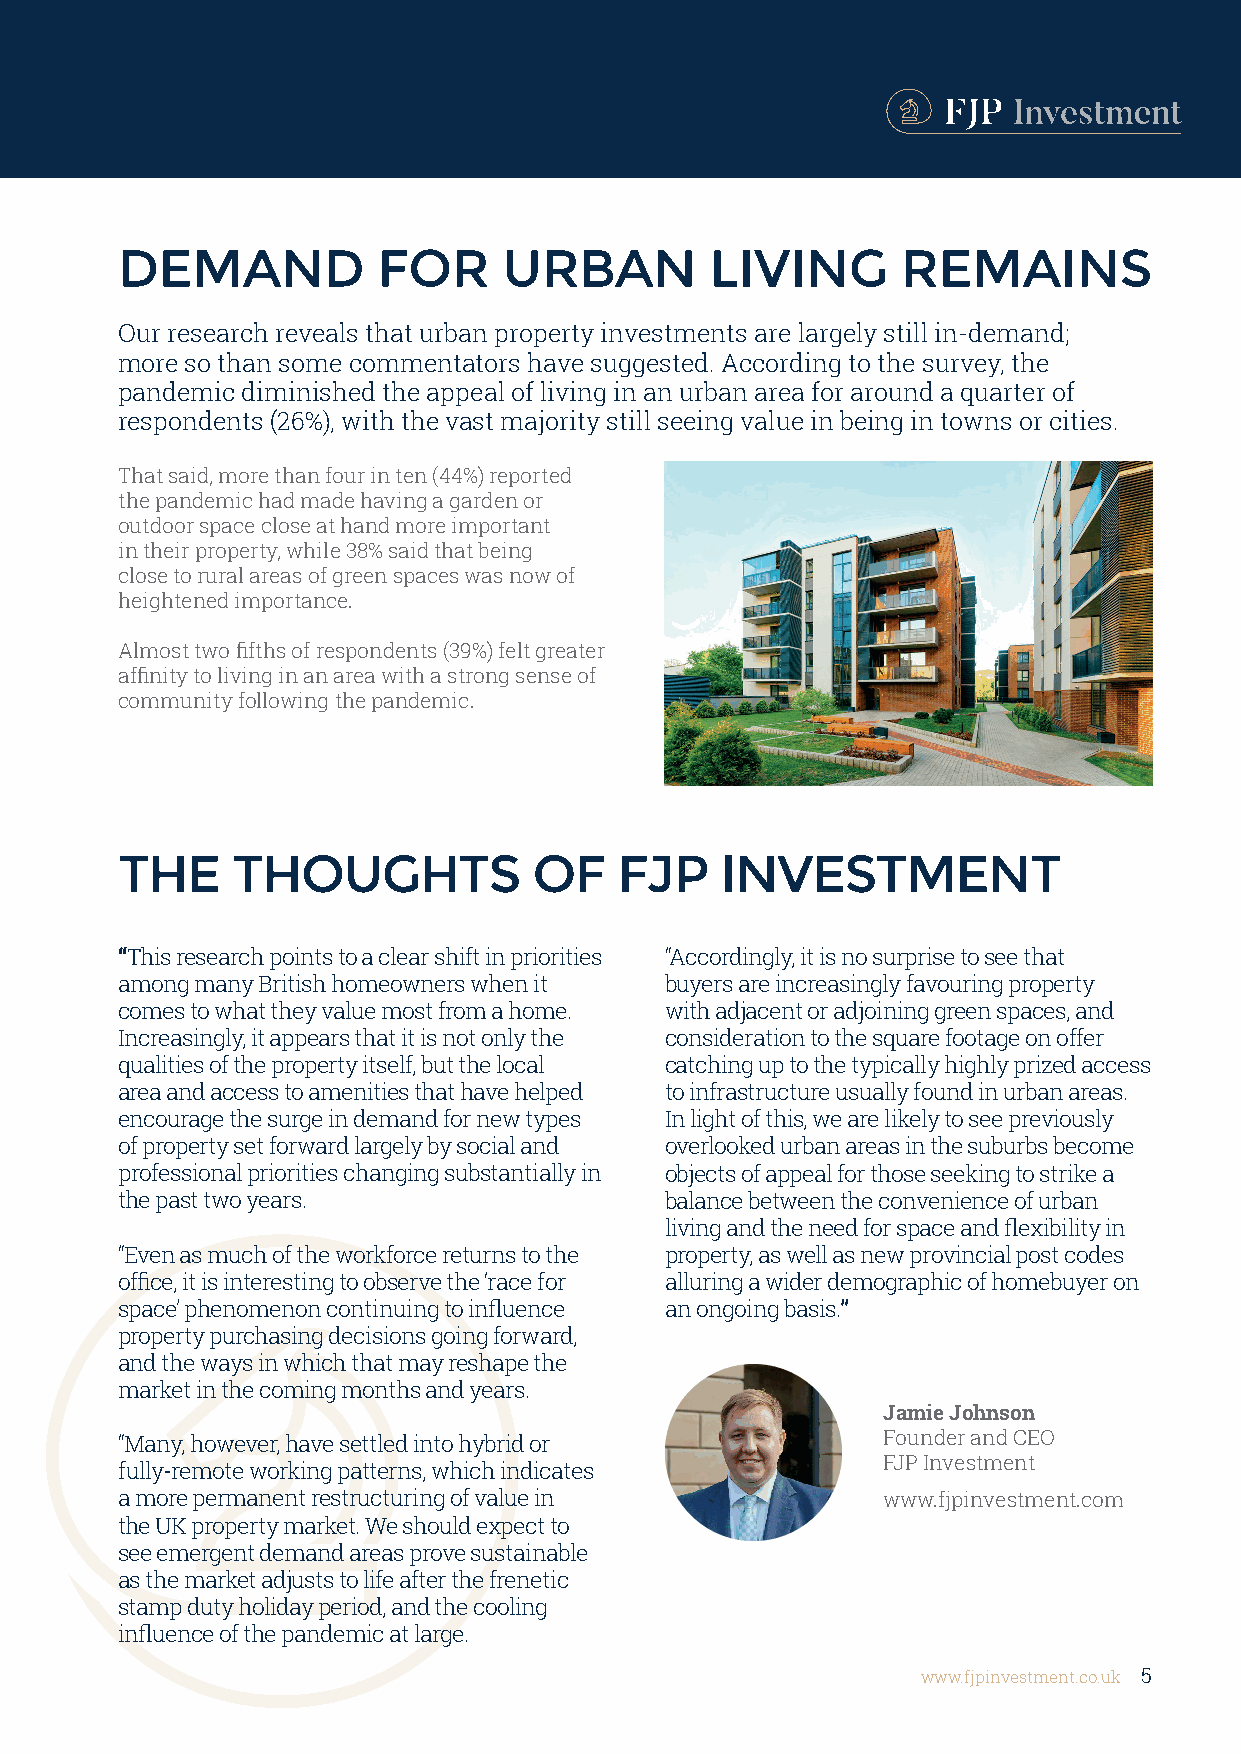
DEMAND           FOR     URBAN         LIVING       REMAINS
 Our research reveals that urban property investments are largely still in-demand;
 more so than some commentators have suggested. According to the survey, the
 pandemic diminished the appeal of living in an urban area for around a quarter of
 respondents (26%), with the vast majority still seeing value in being in towns or cities.
 That said, more than four in ten (44%) reported
 the pandemic had made having a garden or
 outdoor space close at hand more important
 in their property, while 38% said that being
 close to rural areas of green spaces was now of
 heightened importance.
 Almost two fifths of respondents (39%) felt greater
 affinity to living in an area with a strong sense of
 community following the pandemic.
 THE    THOUGHTS            OF    FJP    INVESTMENT
 “This research points to a clear shift in priorities “Accordingly, it is no surprise to see that
 among many British homeowners when it buyers are increasingly favouring property
 comes to what they value most from a home. with adjacent or adjoining green spaces, and
 Increasingly, it appears that it is not only the consideration to the square footage on offer
 qualities of the property itself, but the local catching up to the typically highly prized access
 area and access to amenities that have helped to infrastructure usually found in urban areas.
 encourage the surge in demand for new types In light of this, we are likely to see previously
 of property set forward largely by social and overlooked urban areas in the suburbs become
 professional priorities changing substantially in objects of appeal for those seeking to strike a
 the past two years.                 balance between the convenience of urban
 living and the need for space and flexibility in
 “Even as much of the workforce returns to the property, as well as new provincial post codes
 office, it is interesting to observe the ‘race for alluring a wider demographic of homebuyer on
 space’ phenomenon continuing to influence an ongoing basis.”
 property purchasing decisions going forward,
 and the ways in which that may reshape the
 market in the coming months and years.
 Jamie Johnson
 “Many, however, have settled into hybrid or       Founder and CEO
 FJP Investment
 fully-remote working patterns, which indicates
 a more permanent restructuring of value in        www.fjpinvestment.com
 the UK property market. We should expect to
 see emergent demand areas prove sustainable
 as the market adjusts to life after the frenetic
 stamp duty holiday period, and the cooling
 influence of the pandemic at large.
 www.fjpinvestment.co.uk 5